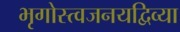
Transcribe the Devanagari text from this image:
भृगोस्त्वजनयद्विव्या